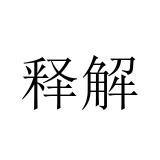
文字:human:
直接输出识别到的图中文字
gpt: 释解